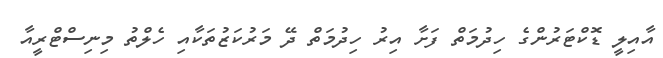
އާއިލީ ޑޮކްޓަރުންގެ ހިދުމަތް ފަށާ އިރު ހިދުމަތް ދޭ މަރުކަޒުތަކާއި ހެލްތު މިނިސްޓްރީއާ